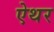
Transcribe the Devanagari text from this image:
ऐथर